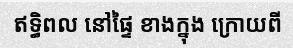
ឥទ្ធិពល នៅផ្ទៃ ខាងក្នុង ក្រោយពី